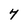
Character: 4